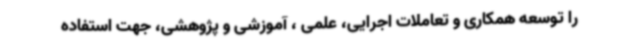
را توسعه همکاری و تعاملات اجرایی، علمی ، آموزشی و پژوهشی، جهت استفاده